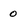
Character: o